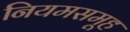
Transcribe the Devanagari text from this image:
नियमसमूह